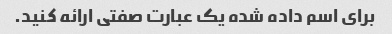
برای اسم داده شده یک عبارت صفتی ارائه کنید.